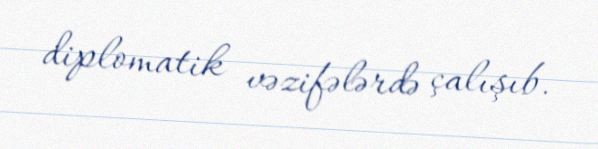
diplomatik vəzifələrdə çalışıb.